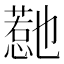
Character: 𭞱